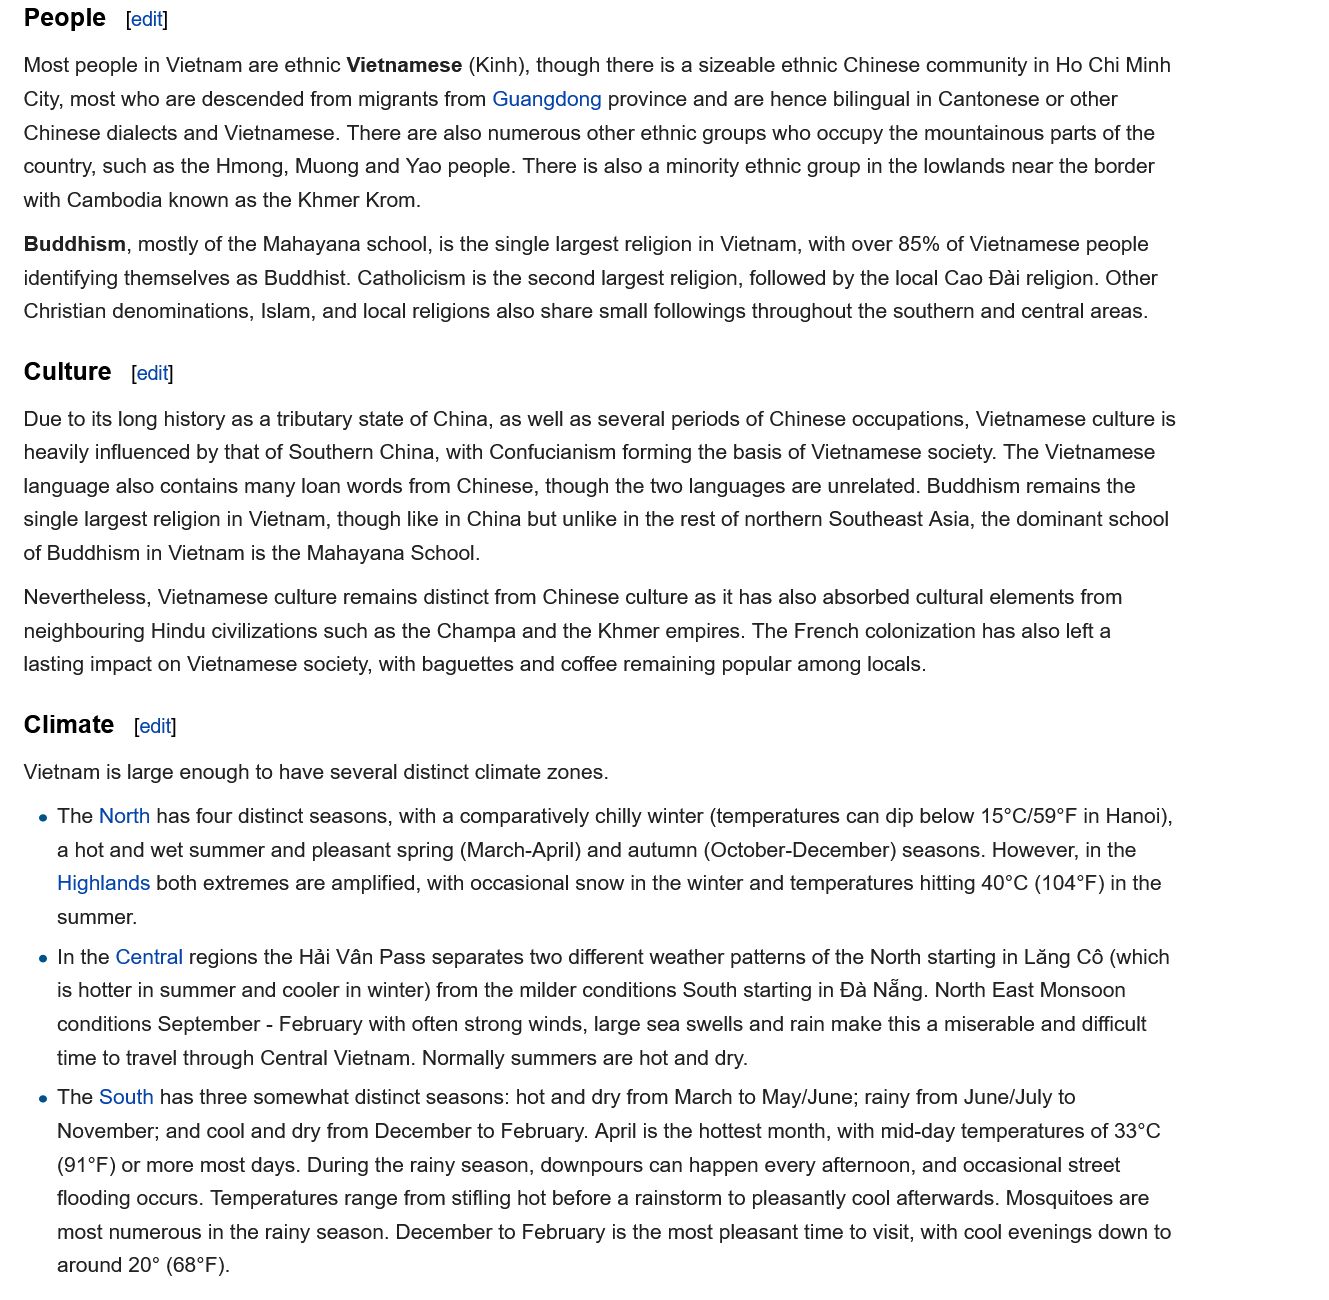
Most people in Vietnam are ethnic Vietnamese (Kinh), though there is a sizeable ethnic Chinese community in Ho Chi Minh
   City, most who are descended from migrants from Guangdong province and are hence bilingual in Cantonese or other
   Chinese dialects and Vietnamese. There are also numerous other ethnic groups who occupy the mountainous parts of the
   country, such as the Hmong, Muong and Yao people. There is also a minority ethnic group in the lowlands near the border
   with Cambodia known as the Khmer Krom.
   Buddhism, mostly of the Mahayana school, is the single largest religion in Vietnam, with over 85% of Vietnamese people
   identifying themselves as Buddhist. Catholicism is the second largest religion, followed by the local Cao Dai religion. Other
   Christian denominations, Islam, and local religions also share small followings throughout the southern and central areas.
   Due to its long history as
  a
     tributary state of China, as well as several periods of Chinese occupations, Vietnamese culture is
   heavily influenced by that of Southern China, with Confucianism forming the basis of Vietnamese society. The Vietnamese
   language also contains many loan words from Chinese, though the two languages are unrelated. Buddhism remains the
   single largest religion in Vietnam, though like in China but unlike in the rest of northern Southeast Asia, the dominant school
   of Buddhism in Vietnam is the Mahayana School.
   Nevertheless, Vietnamese culture remains distinct from Chinese culture as it has also absorbed cultural elements from
   neighbouring Hindu civilizations such as the Champa and the Khmer empires. The French colonization has also left a
   lasting impact on Vietnamese society, with baguettes and coffee remaining popular among locals.
    e The North has four distinct seasons, with a comparatively chilly winter (temperatures can dip below 15°C/59°F in Hanoi),
     a hot and wet summer and pleasant spring (March-April) and autumn (October-December) seasons. However, in the
     Highlands both extremes are amplified, with occasional snow in the winter and temperatures hitting 40°C (104°F) in the
     summer.
    e In the Central regions the Hai Van Pass separates two different weather patterns of the North starting in Lang Cé (which
     is hotter in summer and cooler in winter) from the milder conditions South starting in Da Nang. North East Monsoon
     conditions September - February with often strong winds, large sea swells and rain make this a miserable and difficult
     time to travel through Central Vietnam. Normally summers are hot and dry.
    e The South has three somewhat distinct seasons: hot and dry from March to May/June; rainy from June/July to
     November; and cool and dry from December to February. April is the hottest month, with mid-day temperatures of 33°C
     (91°F) or more most days. During the rainy season, downpours can happen every afternoon, and occasional street
     flooding occurs. Temperatures range from stifling hot before a rainstorm to pleasantly cool afterwards. Mosquitoes are
     most numerous in the rainy season. December to February is the most pleasant time to visit, with cool evenings down to
     around 20° (68°F).
   Vietnam is large enough to have several distinct climate zones.
   Climate   [edit]
   Culture   [edit]
   People    [edit]